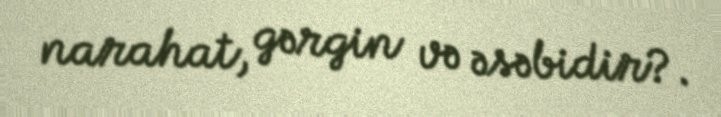
narahat, gərgin və əsəbidir?.